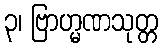
၃၊ ဗြာဟ္မဏသုတ္တ